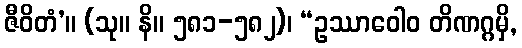
ဇီဝိတံ’။ (သု။ နိ။ ၅၈၁-၅၈၂)၊ “ဥဿာဝေါဝ တိဏဂ္ဂမှိ,